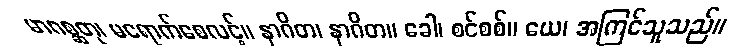
မာဂစ္ဆတု၊ မရောက်စေလင့်။ နာဂိတ၊ နာဂိတ။ ခေါ၊ စင်စစ်။ ယေ၊ အကြင်သူသည်။